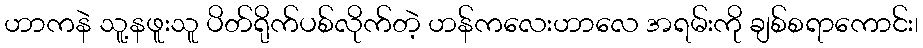
ဟာကနဲ သူ့နဖူးသူ ပိတ်ရိုက်ပစ်လိုက်တဲ့ ဟန်ကလေးဟာလေ အရမ်းကို ချစ်စရာကောင်း၊